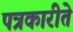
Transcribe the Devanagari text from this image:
पत्रकारीते